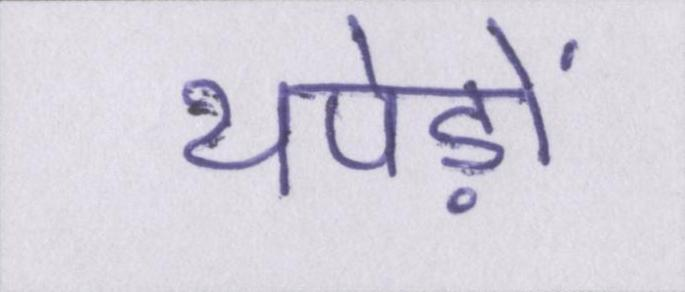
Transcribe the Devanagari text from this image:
थपेड़ों